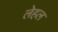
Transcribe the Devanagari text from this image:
लेहल